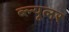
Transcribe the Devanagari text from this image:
ब्ल्यूलर